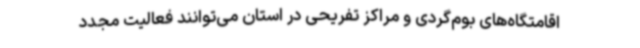
اقامتگاه‌های بوم‌گردی و مراکز تفریحی در استان می‌توانند فعالیت مجدد